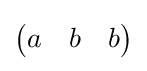
{\begin{pmatrix}a&b&b\end{pmatrix}}